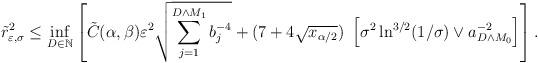
LaTeX: \begin{align*}\tilde r^2_{\varepsilon,\sigma} \leq \inf_{D \in \mathbb{N}}\left[\tilde C(\alpha,\beta) \varepsilon^2 \sqrt{\sum_{j=1}^{D \wedge M_1} b_j^{-4}} + (7+4\sqrt{x_{\alpha/2}})\ \left[\sigma^2 \ln^{3/2}(1/\sigma) \vee a^{-2}_{D \wedge M_0}\right] \right].\end{align*}